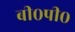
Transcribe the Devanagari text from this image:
बी०पी०